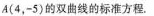
A(4，-5)的双曲线的标准方程.